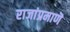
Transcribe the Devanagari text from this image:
राजांप्रमाणॆ